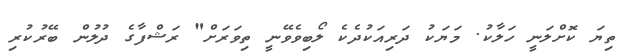
ތިޔަ ކޮށްލަނީ ހަލާކު. މަޔަކު ދަރިއަކުދެކެ ލޯބިވެވޭނީ ތިވަރަށް" ރަޝްފާގެ ދުލުން ބޭރުކުރި